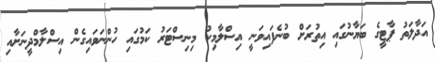
އަދާލަތު ޕާޓީގެ ބަޔާނުގައި އިތުރަށް ބުނެފައިވަނީ އިސްލާމިކު މިނިސްޓަރު ކަމުގައި ހުންނަވައިގެން އިސްލާމްދީނަށާއި